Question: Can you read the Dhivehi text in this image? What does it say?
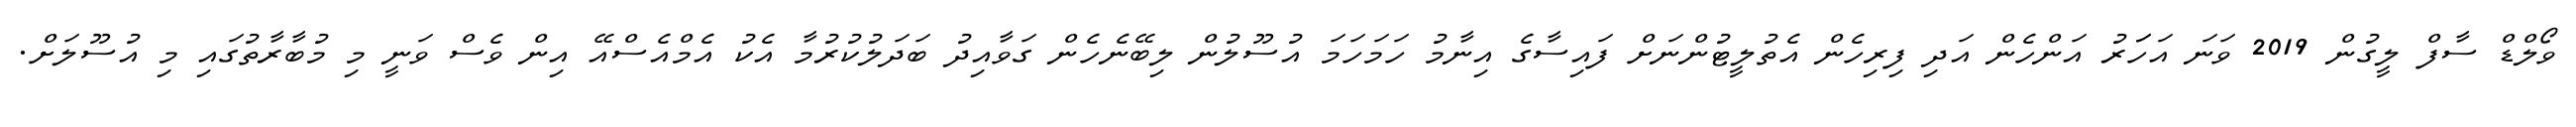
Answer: ވޯލްޑް ސާފް ލީގުން 2019 ވަނަ އަހަަރު އަންހެން އަދި ފިރިހެން އެތުލީޓުންނަށް ފައިސާގެ އިނާމު ހަމަހަމަ އުސޫލުން ލިބޭނެހެން ގަވާއިދު ބަދަލުކުރުމާ އެކު އެމްއެސްއޭ އިން ވެސް ވަނީ މި މުބާރާތުގައި މި އުސޫލަށް.